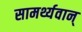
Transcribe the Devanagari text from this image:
सामर्थ्यवान्